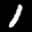
Label: 1